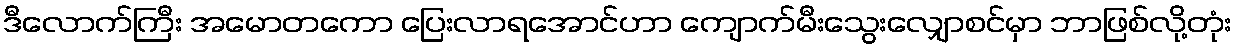
ဒီလောက်ကြီး အမောတကော ပြေးလာရအောင်ဟာ ကျောက်မီးသွေးလျှောစင်မှာ ဘာဖြစ်လို့တုံး